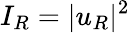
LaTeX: I_{R}=|u_{R}|^{2}